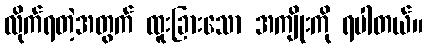
လိုက်ရတဲ့အတွက် ထူးခြားသော အကျိုးကို ရပါတယ်။